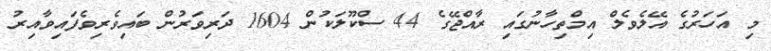
މި އަހަރުގެ އޭލެވެލް އިމްތިހާނުގައި ރާއްޖޭގެ 44 ސްކޫލަކުން 1604 ދަރިވަރުން ބައިވެރިވެފައިވާއިރު